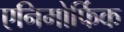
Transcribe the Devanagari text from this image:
एनिमोर्फिक